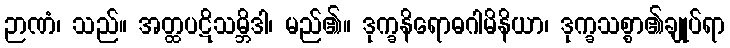
ဉာဏံ၊ သည်။ အတ္ထပဋိသမ္ဘိဒါ၊ မည်၏။ ဒုက္ခနိရောဓဂါမိနိယာ၊ ဒုက္ခသစ္စာ၏ချုပ်ရာ